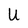
Character: U